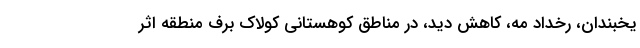
یخبندان، رخداد مه، کاهش دید، در مناطق کوهستانی کولاک برف منطقه اثر